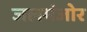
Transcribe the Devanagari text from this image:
जलमंजोर